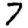
Digit: 7